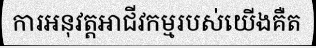
ការអនុវត្តអាជីវកម្មរបស់យើងគឺត